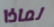
لماذا